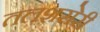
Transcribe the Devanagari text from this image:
तलशसेरी